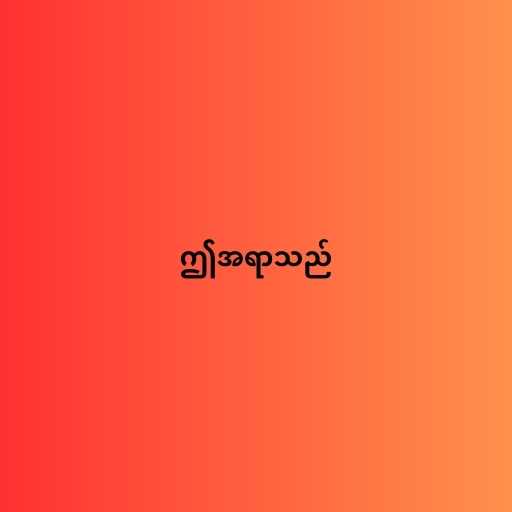
ဤအရာသည်